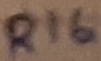
Text: R16